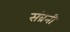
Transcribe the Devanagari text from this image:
संब्रनी